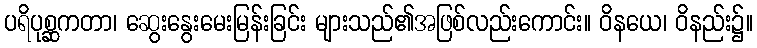
ပရိပုစ္ဆကတာ၊ ဆွေးနွေးမေးမြန်းခြင်း များသည်၏အဖြစ်လည်းကောင်း။ ဝိနယေ၊ ဝိနည်း၌။